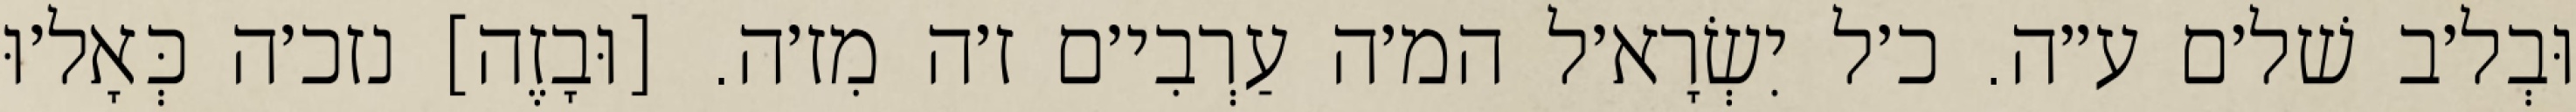
וּבְל׳ב שׁל׳ם ע״ה. כ׳ל יִשְׂרָא׳ל המ׳ה עַרְבִי׳ם ז׳ה מִז׳ה. [וּבָזֶה] נזכ׳ה כְּאָל׳וּ